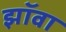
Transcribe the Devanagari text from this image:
झॉवा